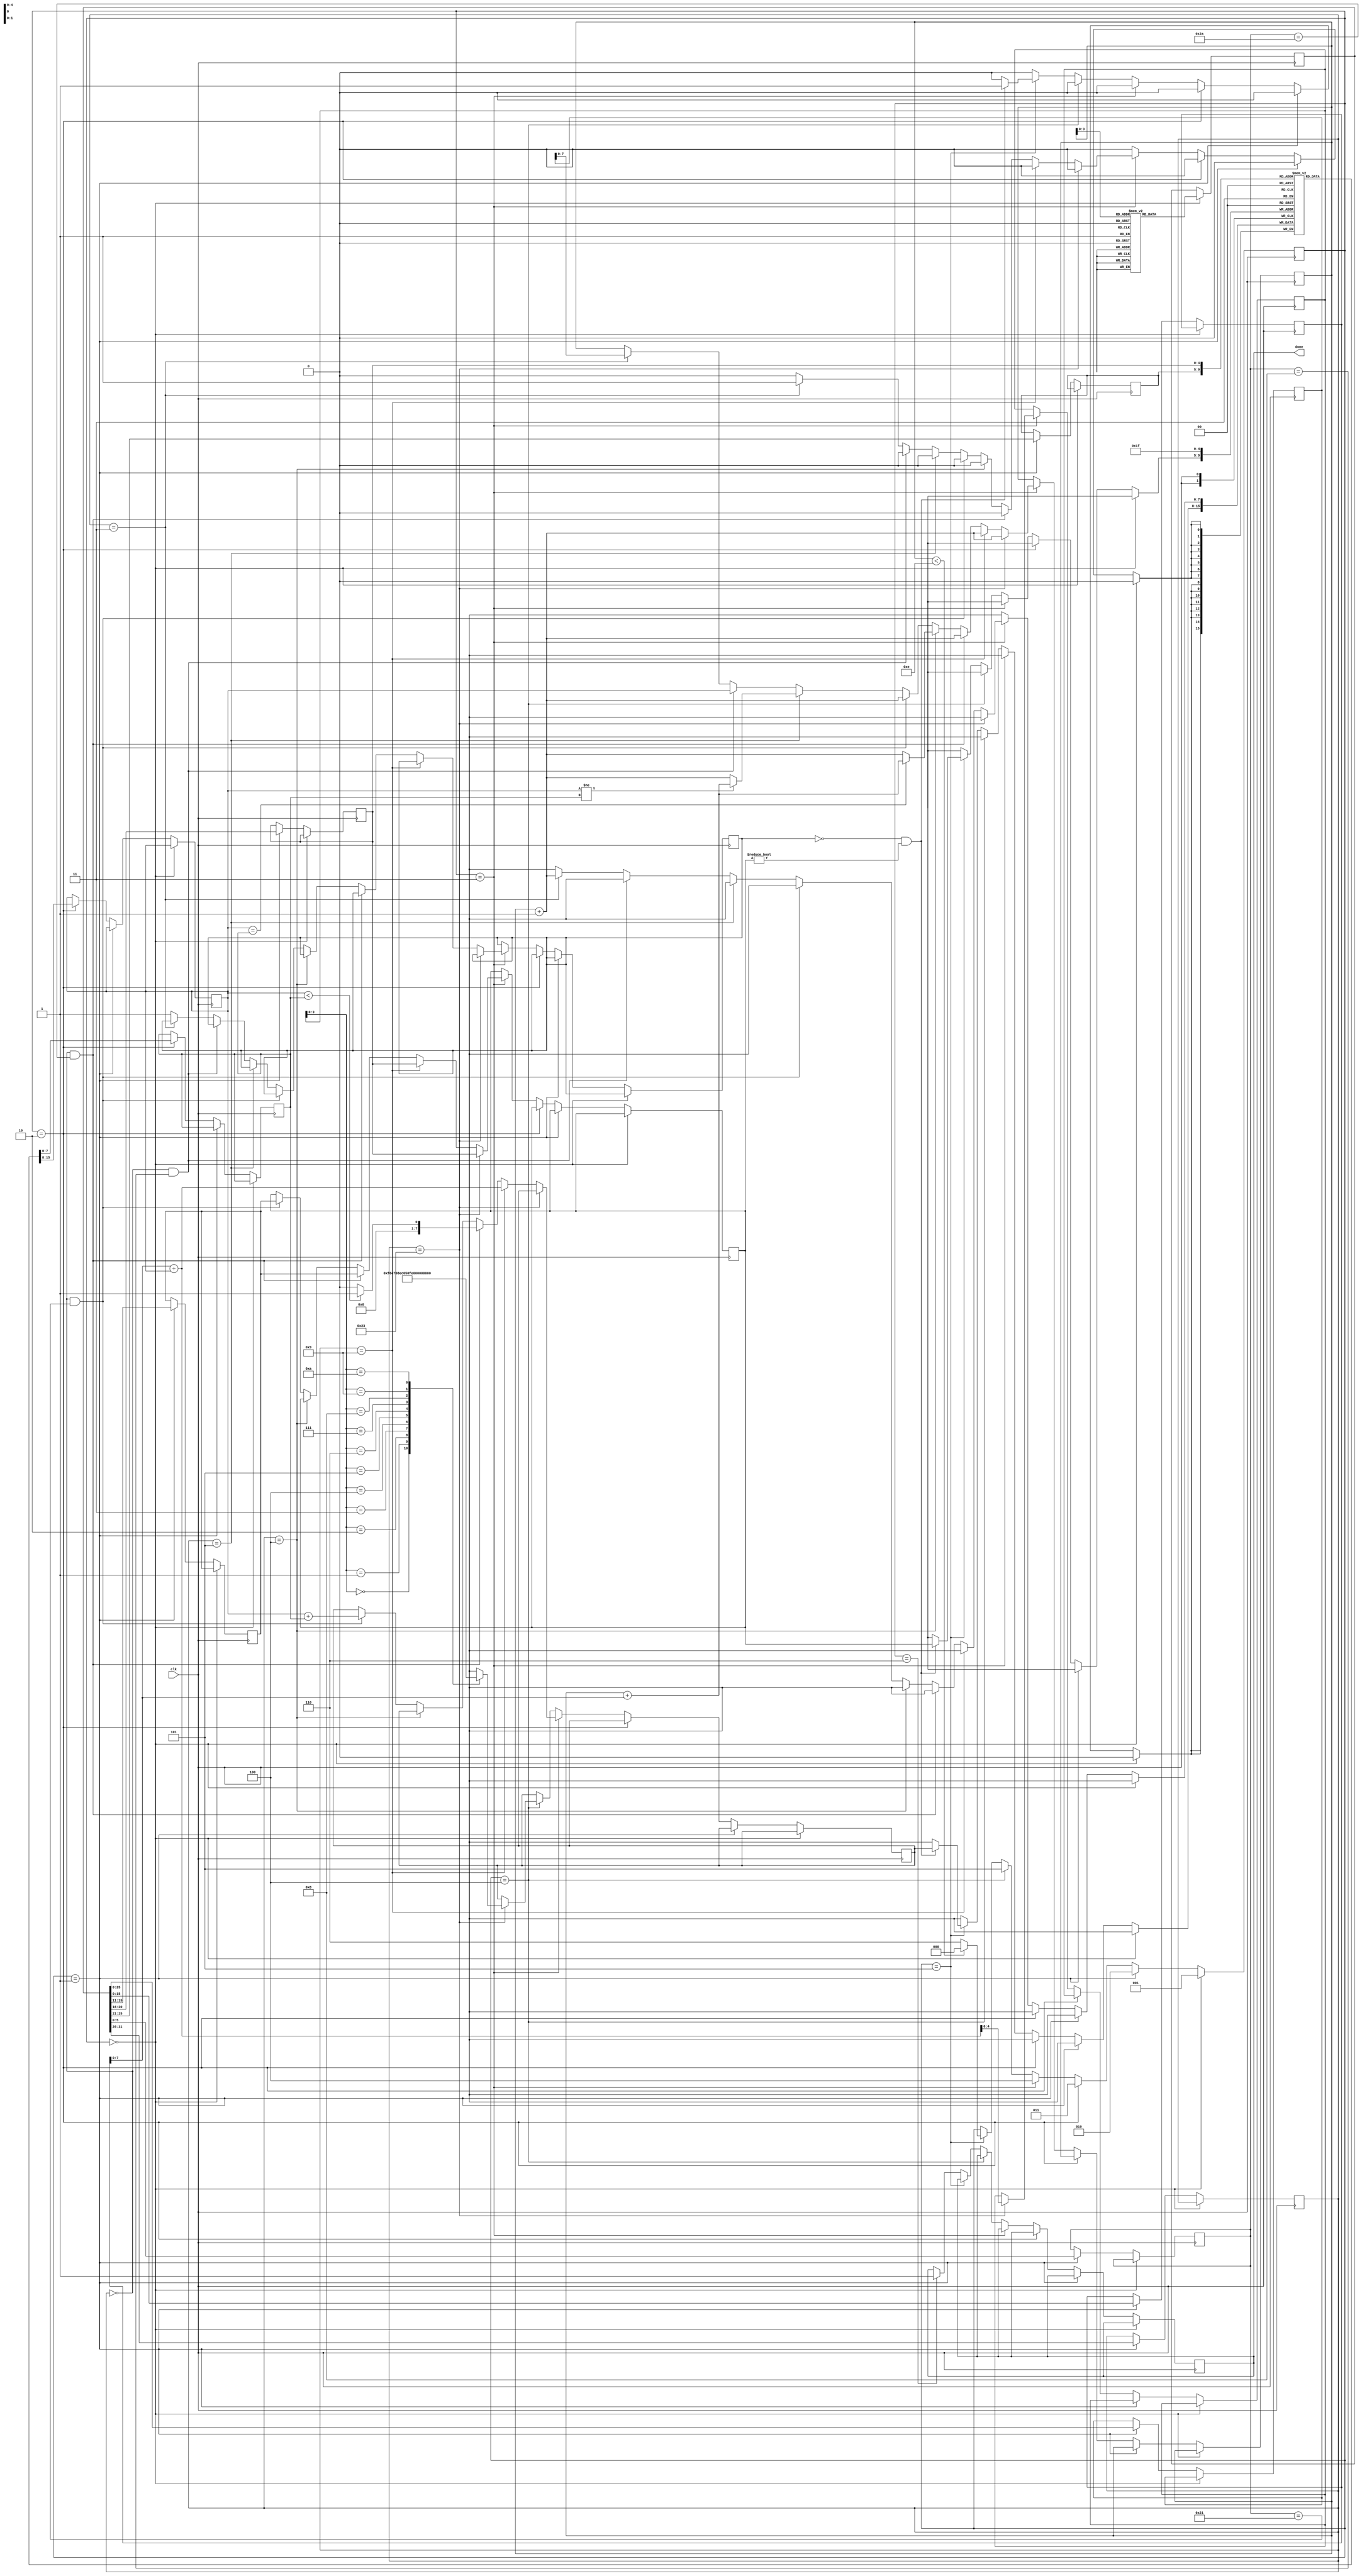
`define OUTPUT_REG 2
`define MAX_PC 14

module solve(clk,done);
 input clk;
 output done;
 reg [31:0] memory[0:13];
 reg signed [7:0] arr[0:10];
 reg signed [7:0] regfile[0:31];
 reg [7:0] PC;
 reg [2:0] state;
 reg [31:0] instruction;
 reg [5:0] opcode;
 reg [5:0] func;
 reg [4:0] rs;
 reg [4:0] rt;
 reg [4:0] rd;
 reg [4:0] dest;
 reg signed [15:0] immediate;
 reg [25:0] jtarget;
 reg [7:0] source1;
 reg [7:0] source2;
 reg [7:0] tobewritten;
 reg [4:0] loadadd;
 reg invalid;
 reg done=0;

 initial begin
  memory[0]=32'b001001_00000_00010_0000000000000000;// addiu $2, $0, 0
  memory[1]=32'b001001_00000_00011_0000000000000000;// addiu $3, $0, 0
  memory[2]=32'b000000_00011_00001_00100_00000_101010;// slt $4, $3, $1
  memory[3]=32'b000100_00100_00000_0000000000001000;// beq $4, $0, exit
  memory[4]=32'b001001_00000_00101_0000000000001010;// addiu $5, $0, 10
  memory[5]=32'b000100_00011_00101_0000000000000110;// beq $3, $5, exit 
  memory[6]=32'b100011_00011_00110_0000000000000000;// lw $6, 0($3)
  memory[7]=32'b000000_00010_00110_00010_00000_100001;// addu $2, $2, $6
  memory[8]=32'b001001_00011_00011_0000000000000001;// addiu $3, $3, 1
  memory[9]=32'b000000_00011_00001_00100_00000_101010;// slt $4, $3, $1
  memory[10]=32'b000101_00100_00000_11111111_11111011;// bne $4, $0, loop
  memory[11]=32'b000000_11111_00000_00000_00000_001000;//  jr $31
  memory[12]=32'b100011_00000_00001_0000000000001010;// lw $1, 10($0)
  memory[13]=32'b000011_00000000000000000000000000;//  jal Sum
  regfile[0]=8'b00000000;
  regfile[1]=8'b00000000;
  regfile[2]=8'b00000000;
  regfile[3]=8'b00000000;
  regfile[4]=8'b00000000;
  regfile[5]=8'b00000000;
  regfile[6]=8'b00000000;
  regfile[7]=8'b00000000;
  regfile[8]=8'b00000000;
  regfile[9]=8'b00000000;
  regfile[10]=8'b00000000;
  regfile[11]=8'b00000000;
  regfile[12]=8'b00000000;
  regfile[13]=8'b00000000;
  regfile[14]=8'b00000000;
  regfile[15]=8'b00000000;
  regfile[16]=8'b00000000;
  regfile[17]=8'b00000000;
  regfile[18]=8'b00000000;
  regfile[19]=8'b00000000;
  regfile[20]=8'b00000000;
  regfile[21]=8'b00000000;
  regfile[22]=8'b00000000;
  regfile[23]=8'b00000000;
  regfile[24]=8'b00000000;
  regfile[25]=8'b00000000;
  regfile[26]=8'b00000000;
  regfile[27]=8'b00000000;
  regfile[28]=8'b00000000;
  regfile[29]=8'b00000000;
  regfile[30]=8'b00000000;
  regfile[31]=8'b00000000;
  arr[0]=-10;
  arr[1]=-25;
  arr[2]=8;
  arr[3]=-20;
  arr[4]=5;
  arr[5]=15;
  arr[6]=-30;
  arr[7]=45;
  arr[8]=1;
  arr[9]=6;
  arr[10]=12;
  PC=8'b00001100;
  state=3'b000;
  loadadd=5'b00000;
  invalid=0;
  arr[10] <= arr[10] > 10? 10:arr[10];
 end

 always @(posedge clk) begin
  if(state==3'b000)begin
   instruction<=#1 memory[PC];
   state<=#1 3'b001;
  end

  else if (state==3'b001) begin
   opcode<=#1 instruction[31:26];
   func<=#1 instruction[5:0];
   jtarget<=#1 instruction[25:0];
   rs<=#1 instruction[25:21];
   rt<=#1 instruction[20:16];
   rd<=#1 instruction[15:11];
   immediate<=#1 instruction[15:0];
   state<=#1 3'b010;
  end

  else if (state==3'b010) begin
   source1<=#1 regfile[rs];
   source2<=#1 regfile[rt];
   state<=#1 3'b011;
  end

  else if (state==3'b011) begin
   if (opcode==6'b100011) begin
    //lw
    loadadd<=#1 immediate[7:0] + source1;
    dest=rt;
    PC<=PC+1;
   end
   else if (opcode==6'b001001) begin
    //addiu
    tobewritten<=#1 immediate[7:0] + source1;
    PC<=PC+1;
    dest=rt;
   end
   else if (opcode==6'b0 && func==6'b101010) begin
    //slt
    tobewritten<=#1 ($signed(source1) < $signed(source2))?1:0;
    PC<=PC+1;
    dest=rd;
   end
   else if (opcode==6'b000100)begin
    //beq
    PC<=#1 (source1==source2)?PC+immediate[7:0]:PC+1;
   end
   else if (opcode==6'b000000 && func==6'b100001) begin
    //addu
    tobewritten<=#1 (source1 + source2);
    PC<=PC+1;
    dest<=rd;
   end
   else if (opcode==6'b000101) begin
    //bne
    PC<=#1 (source1!=source2)?PC+immediate[7:0]:PC+1;
   end
   else if (opcode==6'b0 && func==6'b001000) begin
    //jr
    PC<=#1 source1;
   end
   else if (opcode==6'b000011) begin
    //jal
    PC<=#1 jtarget[7:0];
    regfile[31]<=PC+1;
   end
   else begin
    invalid=1'b1;
   end
   state<= #1 3'b100;
  end
  else if(state==3'b100)begin
   if(opcode==6'b100011)begin
    tobewritten<= #1 arr[loadadd];
   end
   state<= #1 3'b101;
  end
  else if(state==3'b101)begin
   if(invalid==1'b0 && dest!=5'b00000)begin
    regfile[dest]<=#1 tobewritten;
   end
   if(PC<`MAX_PC)begin
    state<=#1 0;
   end
   else begin
    state<=#1 3'b110;
   end
  end
  
  else if(state==3'b110)begin
   $display("time : %d, Output : %d", $time, regfile[`OUTPUT_REG]);
   done <= 1;
  end
 end
endmodule